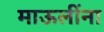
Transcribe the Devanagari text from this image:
माऊलींना